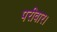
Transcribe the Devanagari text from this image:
परीवार।